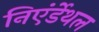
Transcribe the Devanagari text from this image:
निएंर्डेथल